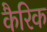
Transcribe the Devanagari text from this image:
कैरिक